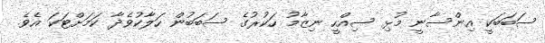
ސަބަބަކީ އިންސާނީ މުޅި ސިއްހީ ނިޒާމު ހަކުރުގެ ސަބަބުން ހަލާކުވެދާ ކަމަށްޓަކަ އެވެ.